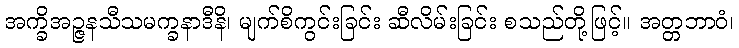
အက္ခိအဉ္ဇနသီသမက္ခနာဒီနိ၊ မျက်စိကွင်းခြင်း ဆီလိမ်းခြင်း စသည်တို့ဖြင့်။ အတ္တဘာဝံ၊